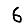
Digit: 6